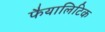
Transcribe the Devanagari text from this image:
फैयालिटिक